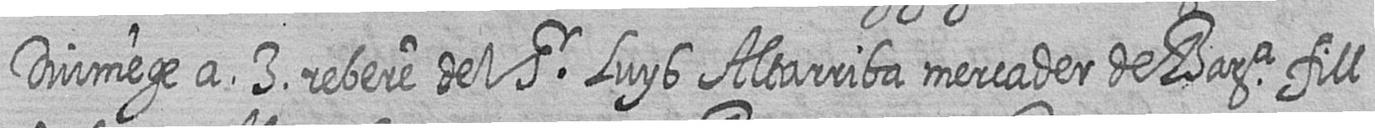
Diumege a 3 rebere del Sr Luys Altarriba mercader de Bara fill